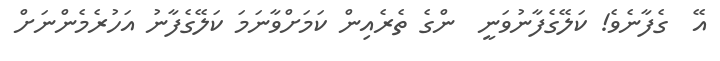
އޭ  ގެފާނެވެ! ކަލޭގެފާނުވަނީ  ންގެ ތެރެއިން ކަމަށްވާނަމަ ކަލޭގެފާނު އަހުރެމެންނަށް